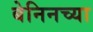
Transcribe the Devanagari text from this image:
बेनिनच्या